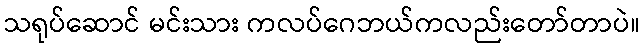
သရုပ်ဆောင် မင်းသား ကလပ်ဂေဘယ်ကလည်းတော်တာပဲ။